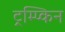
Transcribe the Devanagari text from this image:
ट्रम्प्किन